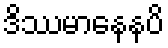
ဒိဿမာနေနပိ